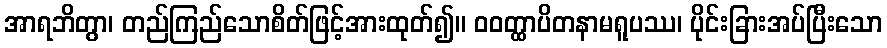
အာရဘိတွာ၊ တည်ကြည်သောစိတ်ဖြင့်အားထုတ်၍။ ဝဝတ္ထာပိတနာမရူပဿ၊ ပိုင်းခြားအပ်ပြီးသော